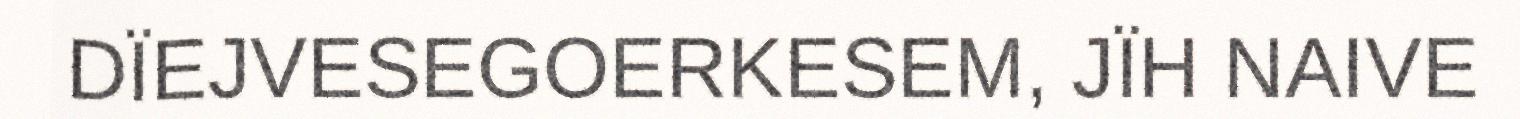
DÏEJVESEGOERKESEM, JÏH NAIVE